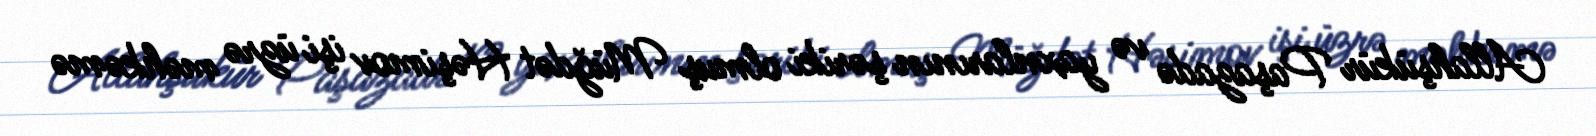
Allahşükür Paşazadə və yaxnlarının şəriki olmuş Müğdət Həşimov işi üzrə məhkəmə